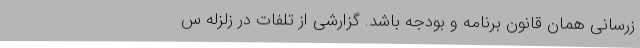
زرسانی همان قانون برنامه و بودجه باشد. گزارشی از تلفات در زلزله س